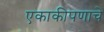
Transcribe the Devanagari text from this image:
एकाकीपणाचे